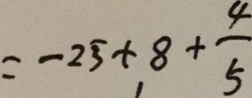
= - 2 5 + 8 + \frac { 4 } { 5 }